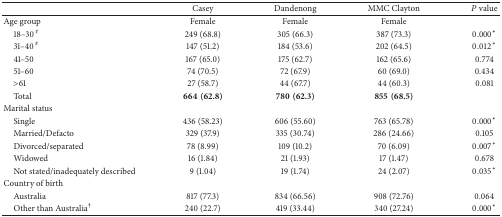
<table><thead><tr><td><b> </b></td><td><b>Casey</b></td><td><b>Dandenong</b></td><td><b>MMC Clayton</b></td><td><b><i>P</i> value</b></td></tr></thead><tbody><tr><td>Age group</td><td>Female</td><td>Female</td><td>Female</td><td> </td></tr><tr><td> 18–30<sup><i>≠</i></sup></td><td>249 (68.8)</td><td>305 (66.3)</td><td>387 (73.3)</td><td>0.000*</td></tr><tr><td> 31–40<sup><i>≠</i></sup></td><td>147 (51.2)</td><td>184 (53.6)</td><td>202 (64.5)</td><td>0.012*</td></tr><tr><td> 41–50</td><td>167 (65.0)</td><td>175 (62.7)</td><td>162 (65.6)</td><td>0.774</td></tr><tr><td> 51–60</td><td>74 (70.5)</td><td>72 (67.9)</td><td>60 (69.0)</td><td>0.434</td></tr><tr><td> &gt;61</td><td>27 (58.7)</td><td>44 (67.7)</td><td>44 (60.3)</td><td>0.081</td></tr><tr><td> Total</td><td><b>664(62.8)</b></td><td><b>780(62.3)</b></td><td><b>855(68.5)</b></td><td> </td></tr><tr><td>Marital status</td><td> </td><td> </td><td> </td><td> </td></tr><tr><td> Single</td><td>436 (58.23)</td><td>606 (55.60)</td><td>763 (65.78)</td><td>0.000*</td></tr><tr><td> Married/Defacto</td><td>329 (37.9)</td><td>335 (30.74)</td><td>286 (24.66)</td><td>0.105</td></tr><tr><td> Divorced/separated</td><td>78 (8.99)</td><td>109 (10.2)</td><td>70 (6.09)</td><td>0.007*</td></tr><tr><td> Widowed</td><td>16 (1.84)</td><td>21 (1.93)</td><td>17 (1.47)</td><td>0.678</td></tr><tr><td> Not stated/inadequately described</td><td>9 (1.04)</td><td>19 (1.74)</td><td>24 (2.07)</td><td>0.035*</td></tr><tr><td>Country of birth</td><td> </td><td> </td><td> </td><td> </td></tr><tr><td> Australia</td><td>817 (77.3)</td><td>834 (66.56)</td><td>908 (72.76)</td><td>0.064</td></tr><tr><td> Other than Australia<sup>†</sup></td><td>240 (22.7)</td><td>419 (33.44)</td><td>340 (27.24)</td><td>0.000*</td></tr></tbody></table>